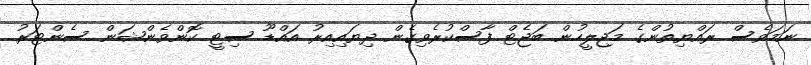
ނަމަވެސް ރައްޔިތުންގެ މަޖިލީހުން ބަޖެޓް ފާސްކުރެވިގެން ދިޔައިއިރު އައްޑޫ ސިޓީ ކޮންވެންޝަން ސެންޓަރު